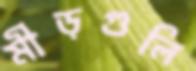
মীড়গুলি